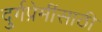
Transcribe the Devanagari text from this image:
दुर्गप्रेमींसाठी